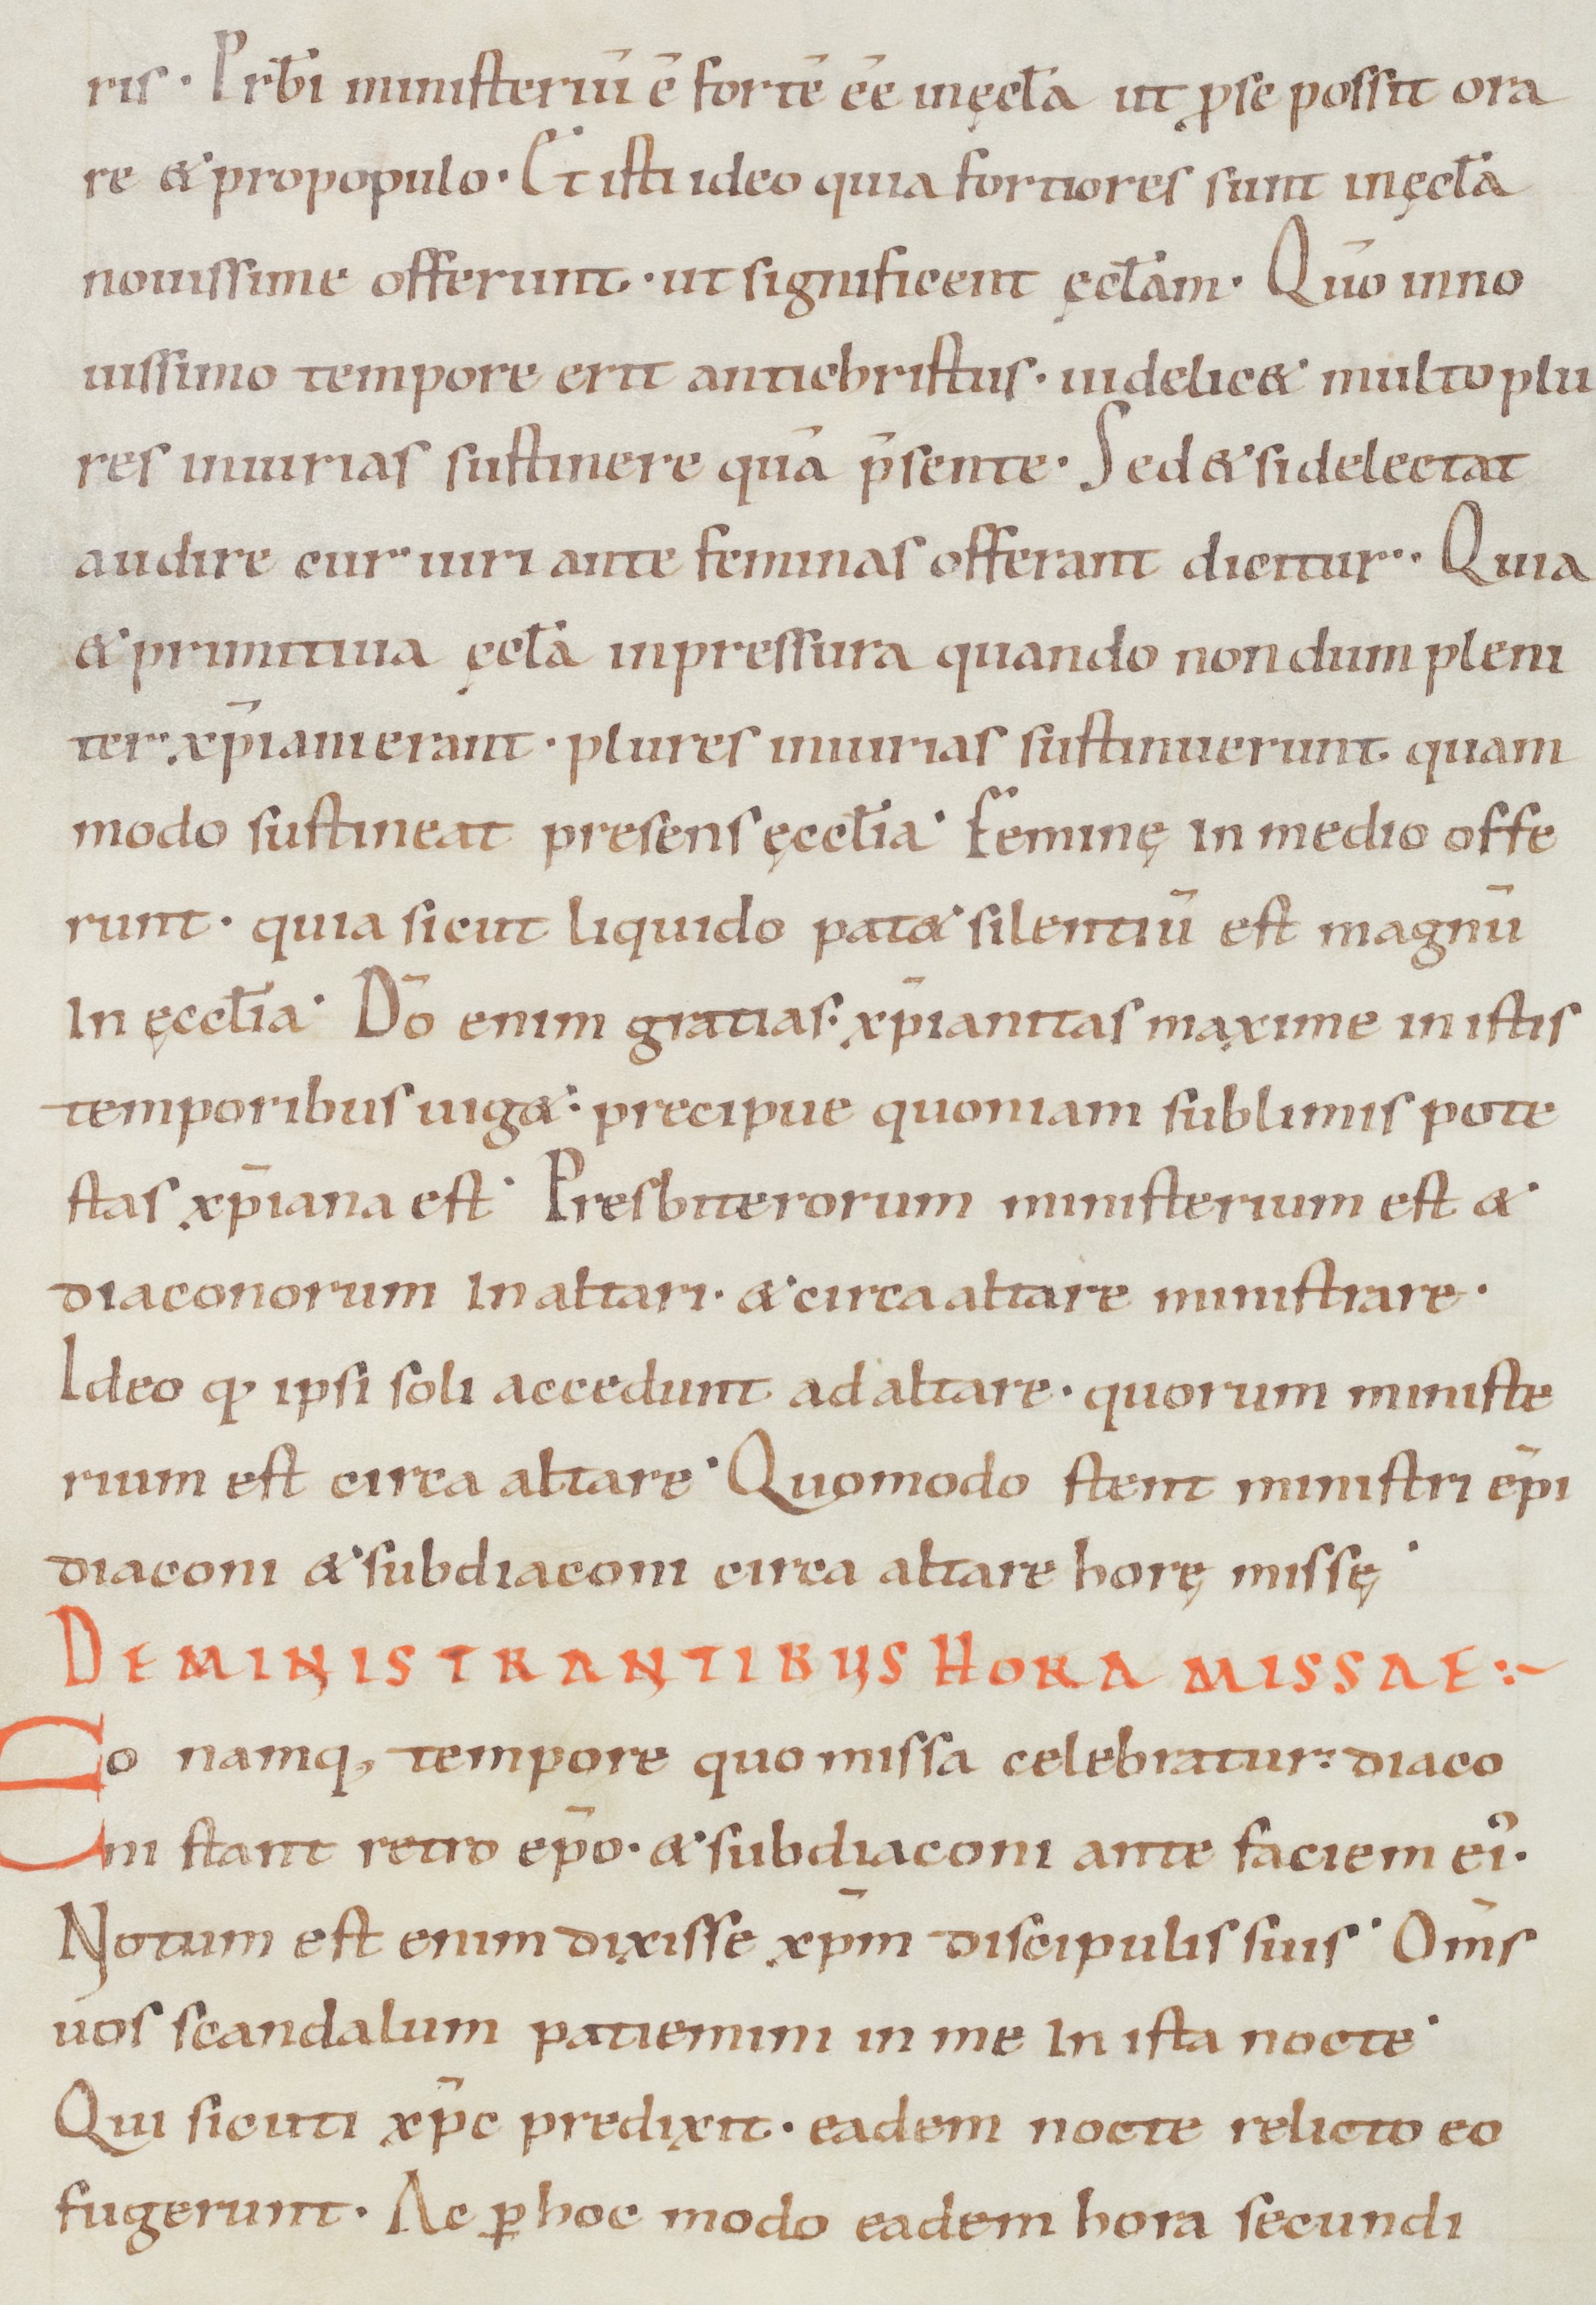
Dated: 1050–1099